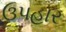
ઉપહાર